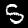
Label: 5